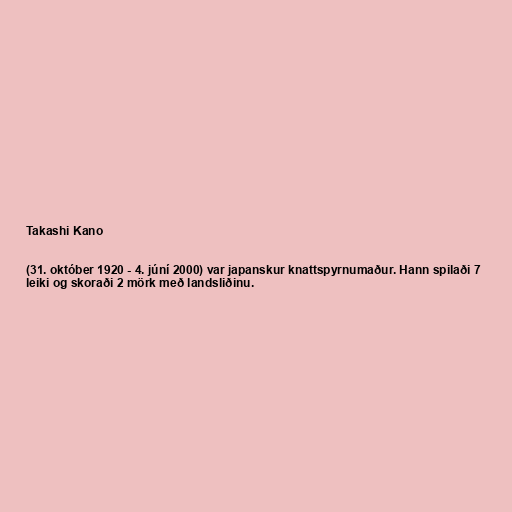
Takashi Kano

(31. október 1920 - 4. júní 2000) var japanskur knattspyrnumaður. Hann spilaði 7
leiki og skoraði 2 mörk með landsliðinu.